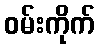
ဝမ်းကိုက်